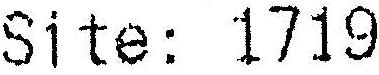
SITE: 1719